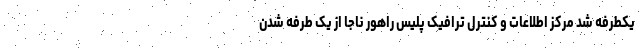
یکطرفه شد مرکز اطلاعات و کنترل ترافیک پلیس راهور ناجا از یک طرفه شدن